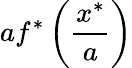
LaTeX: af^{*}\left({\frac{x^{*}}{a}}\right)